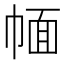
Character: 𢃮